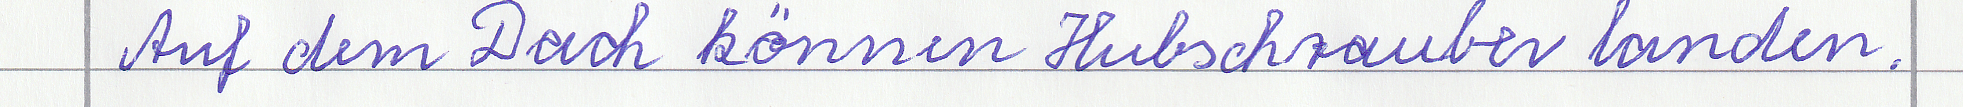
Auf dem Dach können Hubschrauber landen.